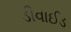
ડીવાઈડ